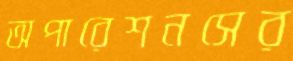
অপারেশনসের